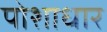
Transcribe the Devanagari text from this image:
पोशाधार